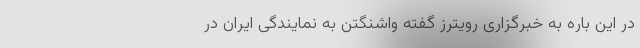
در این باره به خبرگزاری رویترز گفته واشنگتن به نمایندگی ایران در